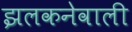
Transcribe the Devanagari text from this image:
झलकनेवाली